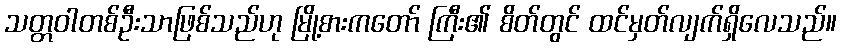
သတ္တဝါတစ်ဦးသာဖြစ်သည်ဟု မြို့စားကတော် ကြီး၏ စိတ်တွင် ထင်မှတ်လျက်ရှိလေသည်။